Annual administration report of the Civil Veterinary Department, Sind - 1940-1941
Year: 1940
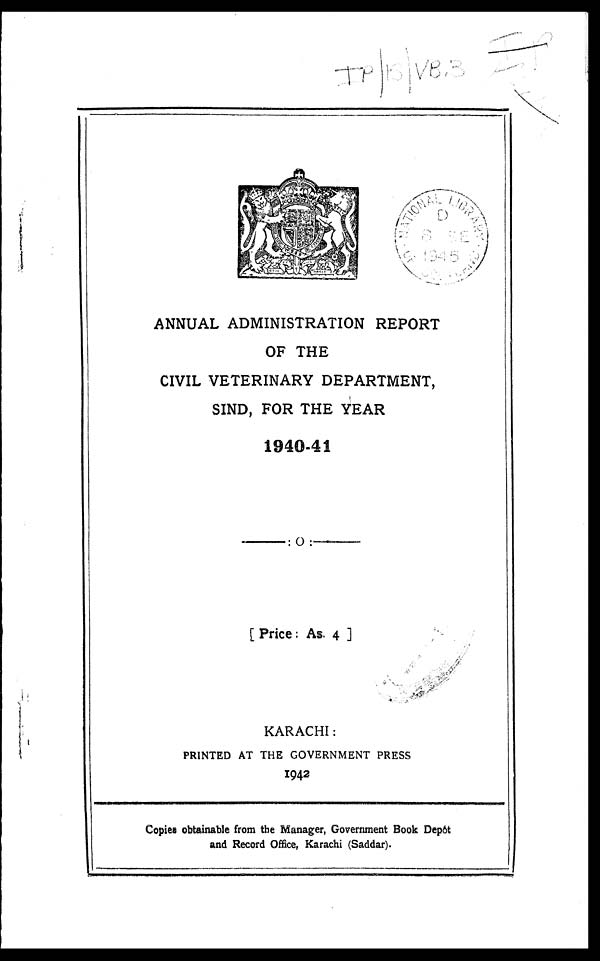
ANNUAL ADMINISTRATION REPORT
OF THE
CIVIL VETERINARY DEPARTMENT,
SIND, FOR THE YEAR
1940-41
[Price: As. 4]
KARACHI:
PRINTED AT THE GOVERNMENT PRESS
1942
Copies obtainable from the Manager, Government Book Dep6t
and Record Office, Karachi (Saddar).